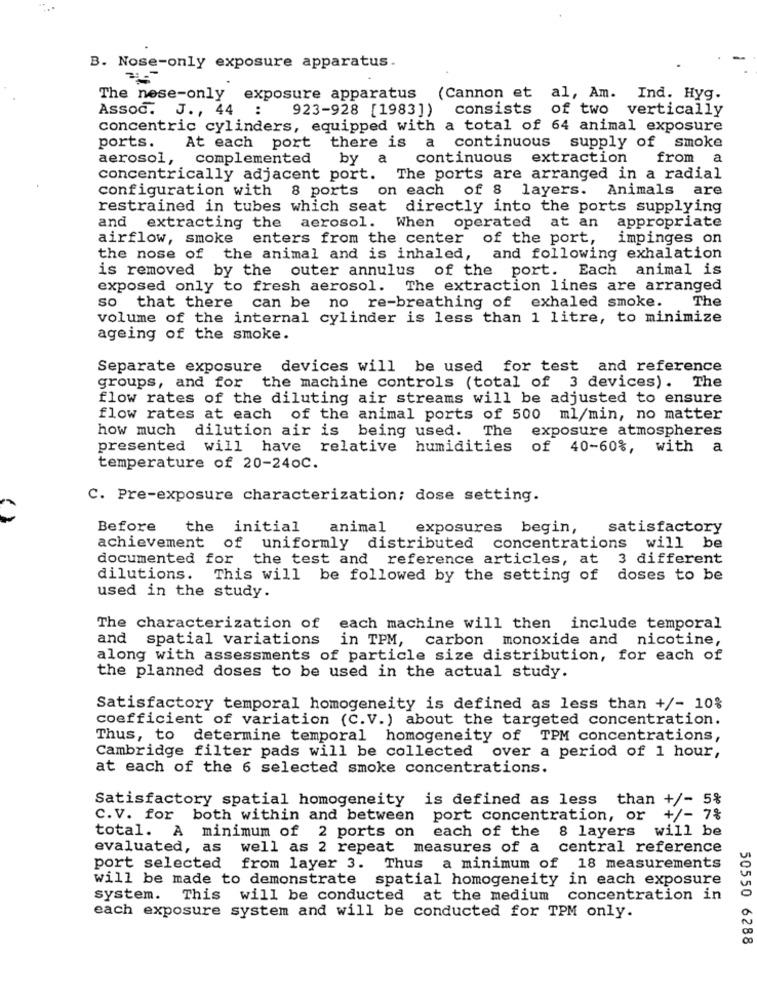
B. Nose-only exposure apparatus.
The nese-only exposure apparatus
(Cannon et al, Am. Ind. Hyg.
Assoc.
J ., 44 :
923-928 [1983])
consists of two vertically
concentric cylinders, equipped with a total of 64 animal exposure
ports.
At each port there is a continuous supply of smoke
aerosol, complemented
by
a
continuous
extraction
from a
concentrically adjacent port. The ports are arranged in a radial
configuration with 8 ports on each of 8 layers. Animals are
restrained in tubes which seat directly into the ports supplying
appropriate
and extracting the aerosol. When operated at an
airflow, smoke enters from the center of the port,
impinges on
the nose of the animal and is inhaled,
and following exhalation
is removed by the outer annulus of the port. Each animal is
exposed only to fresh aerosol. The extraction lines are arranged
The
so that there can be no re-breathing of exhaled smoke.
volume of the internal cylinder is less than 1 litre, to minimize
ageing of the smoke.
Separate exposure
devices will be used for test and reference
The
groups, and for
the machine controls (total of 3 devices).
flow rates of the diluting air streams will be adjusted to ensure
flow rates at each of the animal ports of 500 ml/min, no matter
how much dilution air is being used.
The
exposure atmospheres
presented will have relative
humidities
of 40-60%, with a
temperature of 20-240C.
C. Pre-exposure characterization; dose setting.
Before
the
initial
animal
exposures begin,
satisfactory
achievement of uniformly distributed concentrations will be
documented for the test and reference articles, at 3 different
dilutions. This will be followed by the setting of doses to be
used in the study.
The characterization of each machine will then include temporal
and spatial variations in TPM, carbon monoxide and nicotine,
along with assessments of particle size distribution, for each of
the planned doses to be used in the actual study.
Satisfactory temporal homogeneity is defined as less than +/- 10%
coefficient of variation (C.V.) about the targeted concentration.
Thus, to determine temporal homogeneity of TPM concentrations,
Cambridge filter pads will be collected over a period of 1 hour,
at each of the 6 selected smoke concentrations.
Satisfactory spatial homogeneity is defined as less than +/- 5%
C.V. for both within and between port concentration, or
+/- 7%
each of the 8 layers
will be
total. A minimum of 2 ports on
evaluated, as well as 2 repeat measures of a central reference
port selected
from layer 3. Thus a minimum of 18 measurements
will be made to demonstrate spatial homogeneity in each exposure
system. This will be conducted at the medium
concentration in
each exposure system and will be conducted for TPM only.
50550 6288